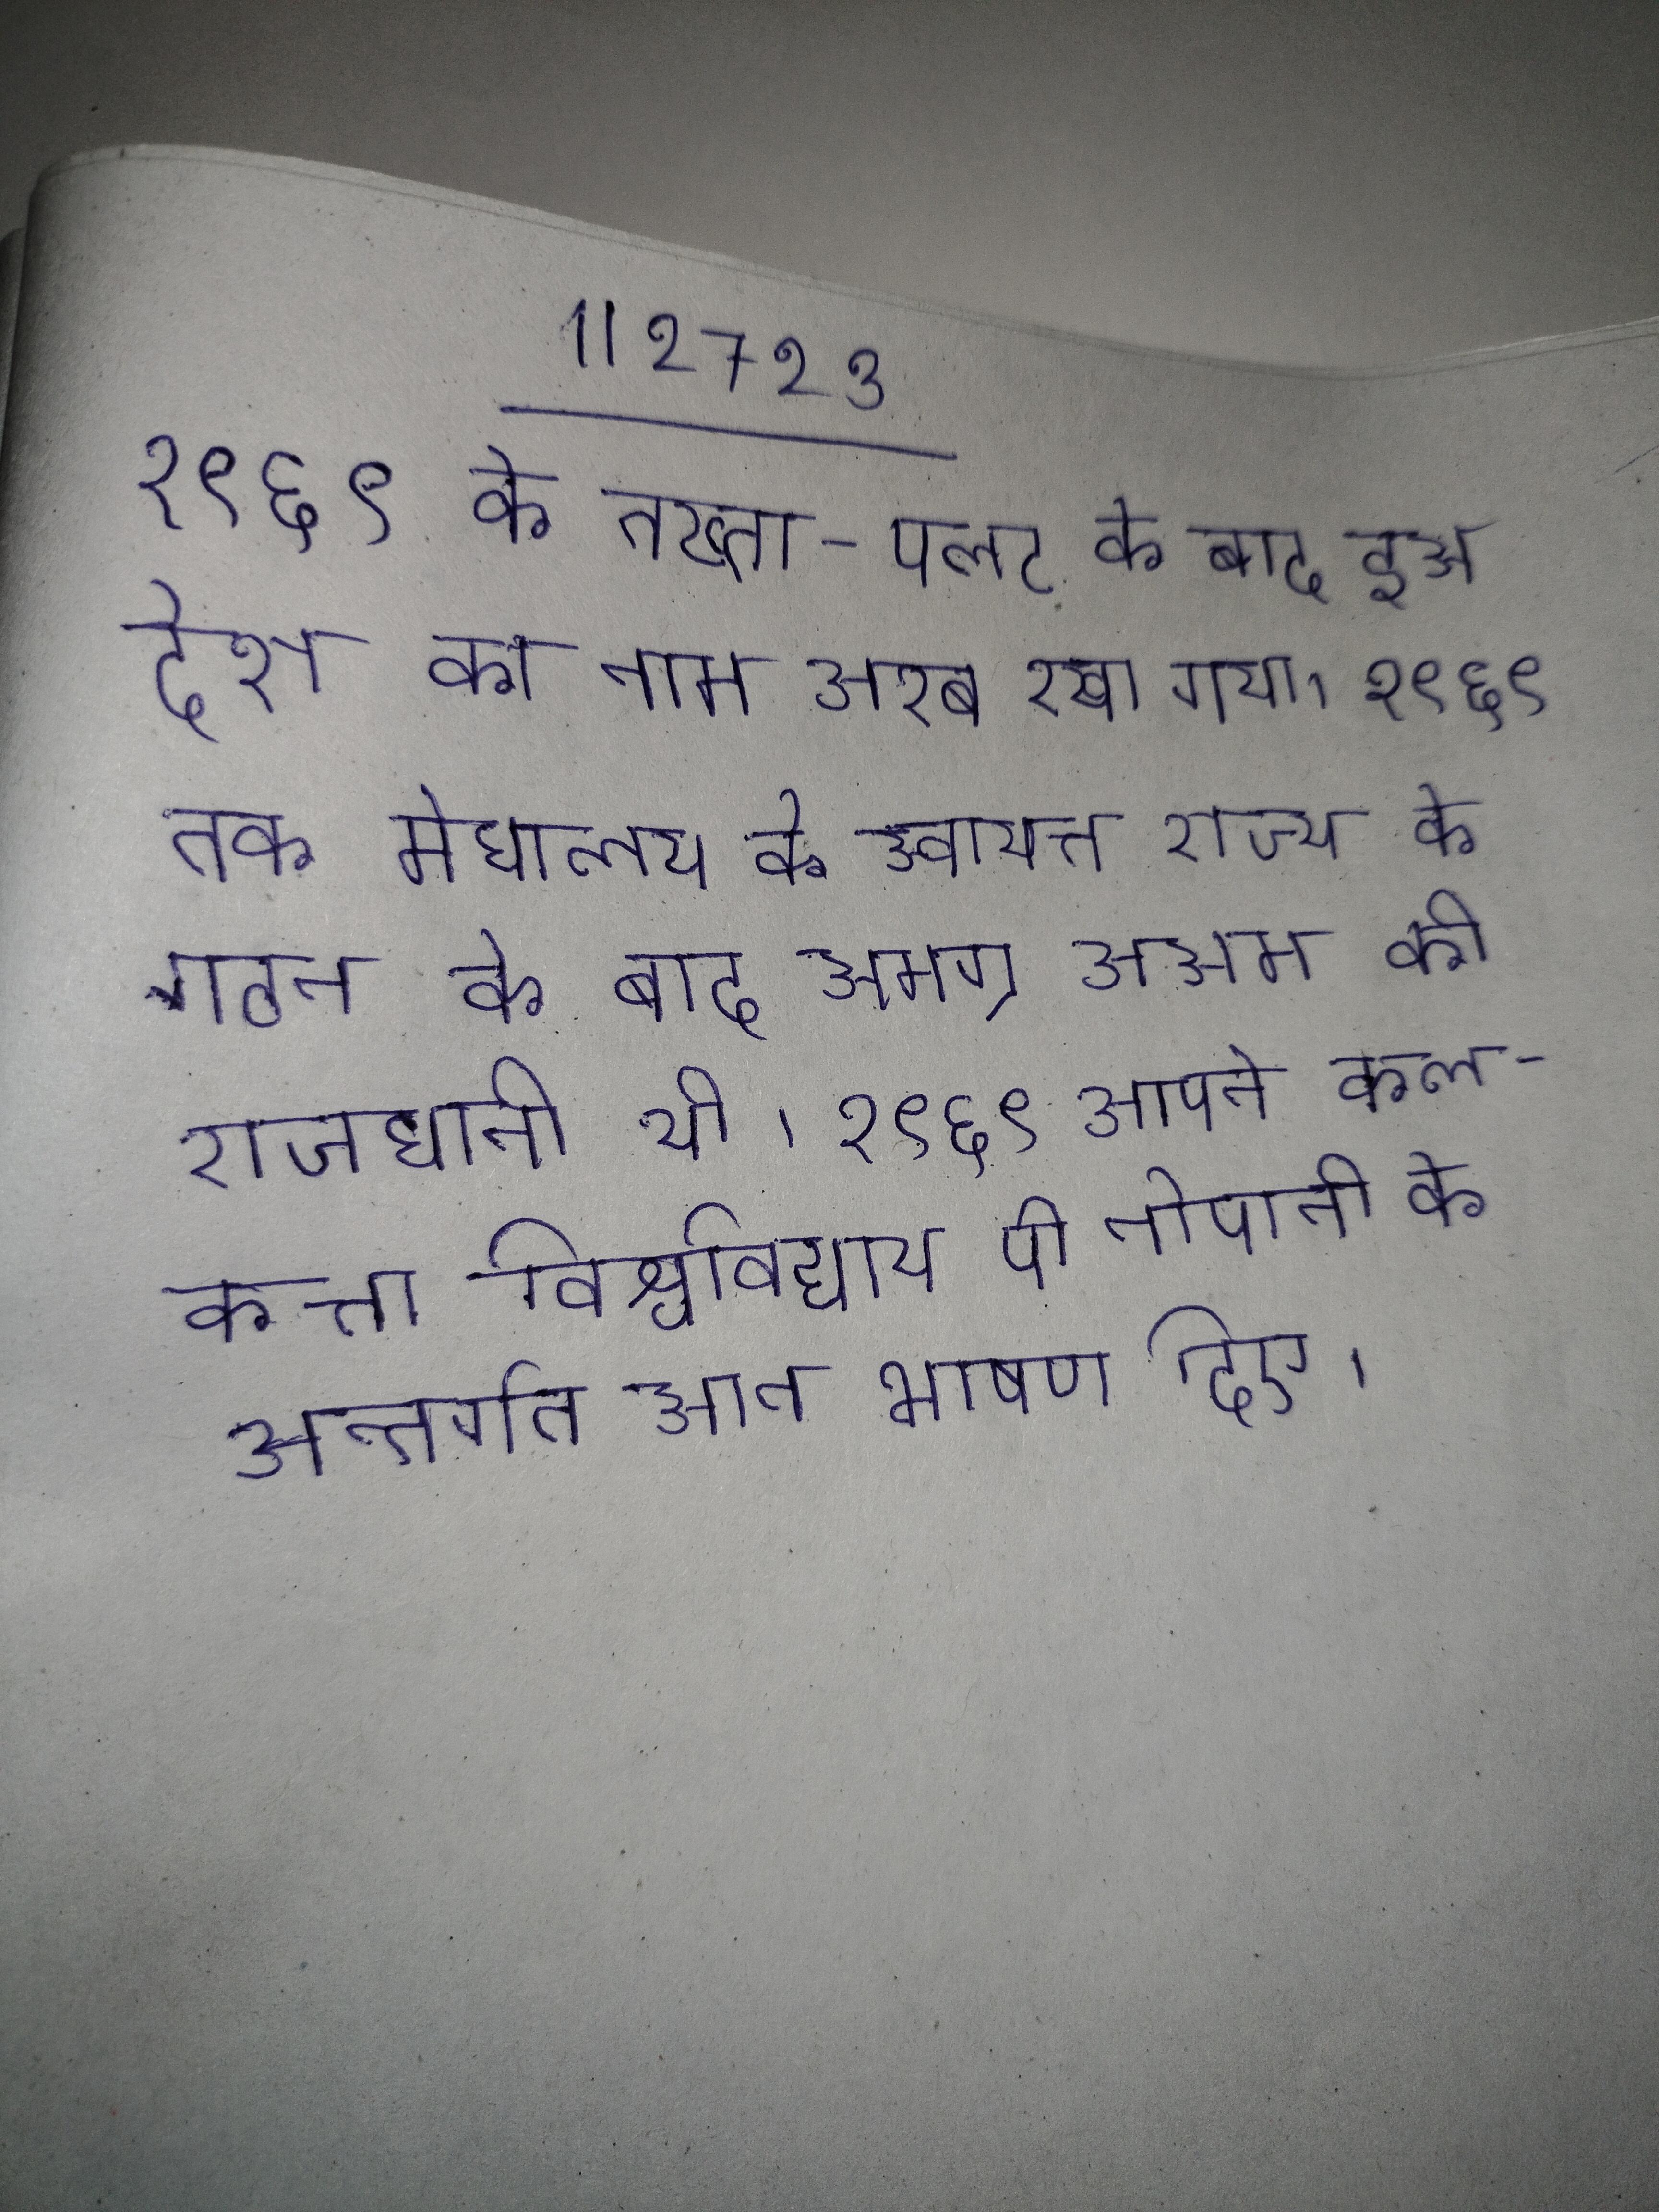
१९६९ के तख्ता-पलट के बाद इस देश का नाम अरब रखा गया । १९६९ तक मेघालय के स्वायत्त राज्य के गठन के बाद समग्र असम की राजधानी थी । १९६९ आपने कलकत्ता विश्वविद्याय पी नोपानी के अन्तर्गत सात भाषण दिए ।